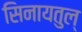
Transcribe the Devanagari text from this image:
सिनायतुल्